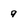
Character: 9